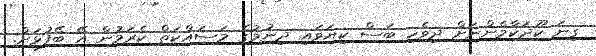
ގިނަ ކޫދަކާމެންނަށް ދިވެހި ބަސް ކިޔަވައި ދިނުމުގެ މަސައްކަތް ކެރަމުން އޭ ބޭފުޅަށް.